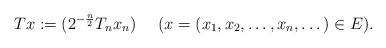
LaTeX: \begin{align*} Tx:=(2^{-\frac{n}{2}}T_n x_n) \ \ \ \ (x=(x_1,x_2,\dots,x_n,\dots)\in E).\end{align*}